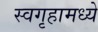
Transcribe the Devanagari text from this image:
स्वगृहामध्ये